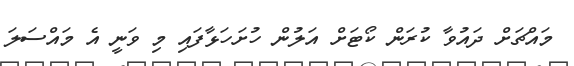
މައްޗަށް ދައުވާ ކުރަން ކޯޓަށް އަލުން ހުށަހަޅާފައި މި ވަނީ އެ މައްސަލަ